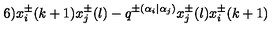
6 ) x _ { i } ^ { \pm } ( k + 1 ) x _ { j } ^ { \pm } ( l ) - q ^ { \pm ( \alpha _ { i } | \alpha _ { j } ) } x _ { j } ^ { \pm } ( l ) x _ { i } ^ { \pm } ( k + 1 )